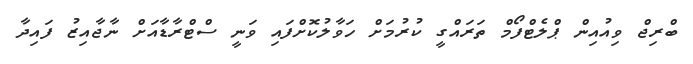
ބްރިޖް ވިއުއިން ޕްލެޓްފޯމް ތަރައްގީ ކުރުމަށް ހަވާލުކޮށްފައި ވަނީ ސްޓްރާޑާއަށް ނާޖާއިޒު ފައިދާ